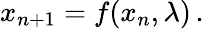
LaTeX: x_{n+1}=f(x_{n},\lambda)\, .